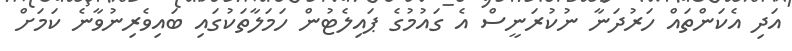
އަދި އެކަންތައް ހަރުދަނާ ނުކުރަނީސް އެ ގައުމުގެ ޕައިލެޓުން ހަމަލާތަކުގައި ބައިވެރިނުވާނެ ކަމަށް